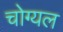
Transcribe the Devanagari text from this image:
चोग्यल